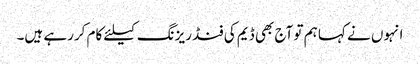
انہوں نے کہا ہم تو آج بھی ڈیم کی فنڈ ریزنگ کیلئے کام کررہے ہیں۔